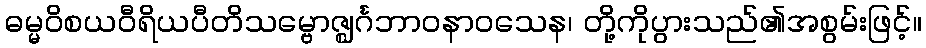
ဓမ္မဝိစယဝီရိယပီတိသမ္ဗောဇ္ဈင်္ဂဘာဝနာဝသေန၊ တို့ကိုပွားသည်၏အစွမ်းဖြင့်။